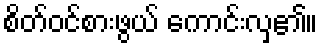
စိတ်ဝင်စားဖွယ် ကောင်းလှ၏။